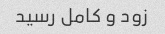
زود و کامل رسید